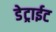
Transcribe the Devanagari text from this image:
डेट्राईट